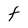
Character: f